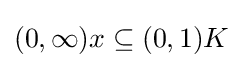
{\textstyle (0,\infty )x\subseteq (0,1)K}